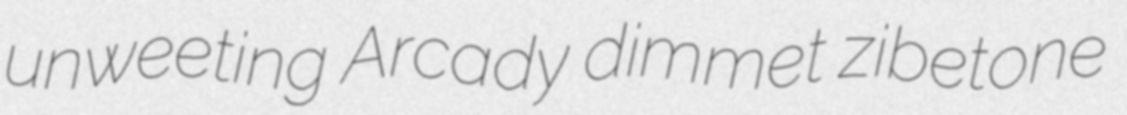
unweeting Arcady dimmet zibetone